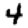
Digit: 4